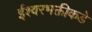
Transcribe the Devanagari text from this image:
ईश्‍वरभक्तीकडे